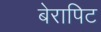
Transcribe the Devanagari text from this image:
बेरापिट